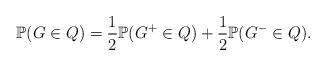
LaTeX: \begin{align*} \mathbb{P}(G \in Q) = \frac{1}{2}\mathbb{P}(G^+ \in Q) + \frac{1}{2}\mathbb{P}(G^- \in Q).\end{align*}